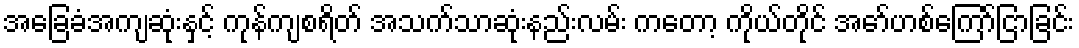
အခြေခံအကျဆုံးနှင့် ကုန်ကျစရိတ် အသက်သာဆုံးနည်းလမ်း ကတော့ ကိုယ်တိုင် အော်ဟစ်ကြော်ငြာခြင်း